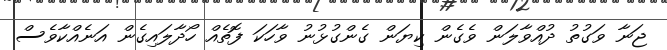
ޖަނާ ވަގުތު ދުއްވާލަން ވެގެން ކިޔަން ގެންގުޅުނު ވާހަކަ ފޮތެއް ހޯދާލައިގެން އަނެއްކާވެސް